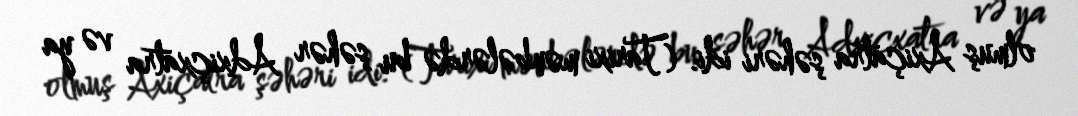
olmuş Axiçatra şəhəri idi. (Tarixi mənbələrdə bu şəhər Adxiçxatra və ya